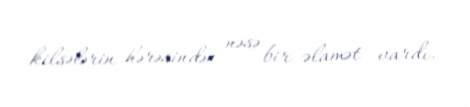
kilsələrin hərəsindən nəsə bir əlamət vardı.